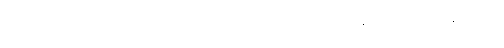
ခင်လှလှသည် ဗိုလ်မှူးကြီး တစ်ယောက်လို အလားအလာ ရှိသူနှင့် လက်ထပ်ခဲ့ပြီးနောက်